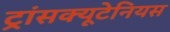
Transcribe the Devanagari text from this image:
ट्रांसक्यूटेनियस